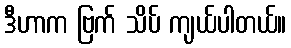
ဒီဟာက ဗြက် သိပ် ကျယ်ပါတယ်။